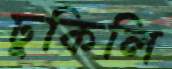
ঢুকিলি